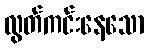
လွတ်ကင်းနေသော